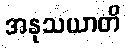
အနုသယာတိ